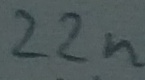
Text: 22n